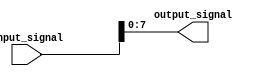
module PartSelectContinuousAssignment (
    input wire [15:0] input_signal, // Input signal with a width of 16 bits
    output wire [7:0] output_signal // Output signal to hold the selected part (8 bits)
);

// Continuous assignment to extract bits [7:0] from input_signal
assign output_signal = input_signal[7:0]; // Selecting the lower 8 bits of input_signal

endmodule